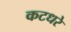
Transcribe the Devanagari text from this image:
कटधरे